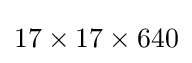
17\times 17\times 640